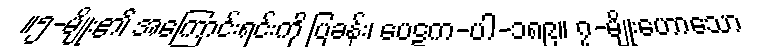
။၅-မျိုး၏ အကြောင်းရင်းကို ပြခန်း၊ ပေဋက-ပါ-၁၈၉။ ၇-မျိုးဟောသော